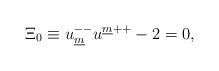
LaTeX: \begin{align*}\Xi _{{ 0}}\equiv u^{--}_{\underline{m}} u^{\underline{m}{++}} - 2 = 0 ,\end{align*}